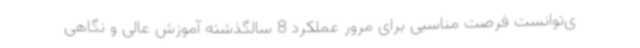
ی‌توانست فرصت مناسبی برای مرور عملکرد 8 سالگذشته آموزش عالی و نگاهی